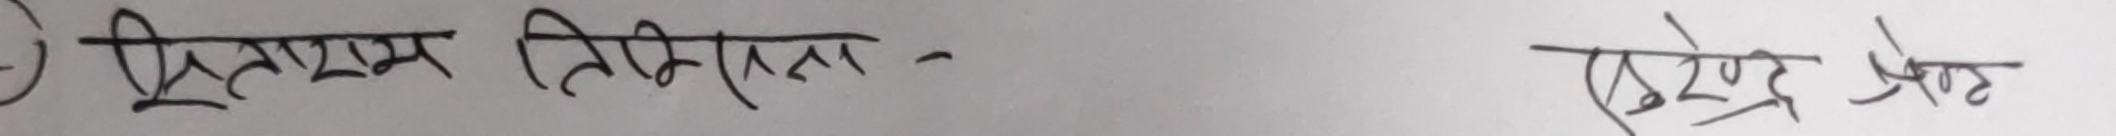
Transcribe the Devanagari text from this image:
वृत्तपत्र निकला - हरेन्द्र श्रेष्ठ